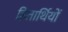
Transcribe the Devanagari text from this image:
हितार्थियों